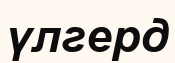
үлгерд